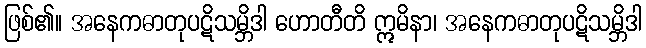
ဖြစ်၏။ အနေကဓာတုပဋိသမ္ဘိဒါ ဟောတီတိ ဣမိနာ၊ အနေကဓာတုပဋိသမ္ဘိဒါ